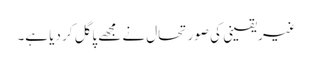
غیریقینی کی صورتحال نے مجھے پاگل کر دیا ہے۔